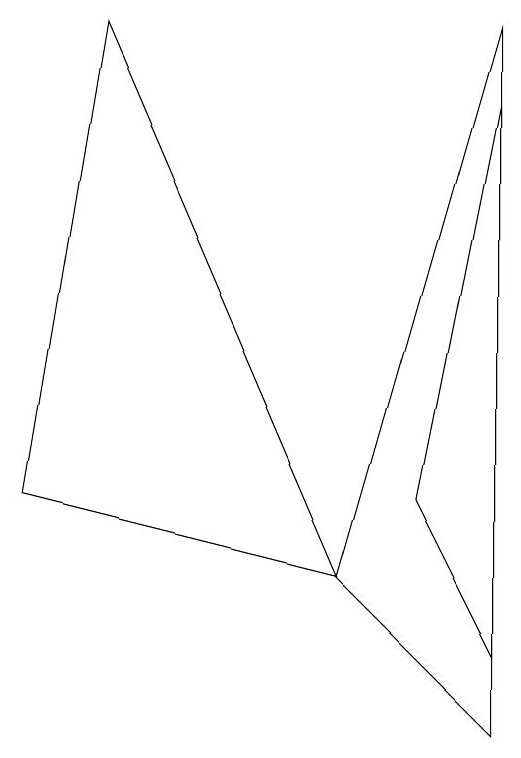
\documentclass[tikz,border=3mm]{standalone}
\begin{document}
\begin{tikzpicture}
\draw (5,2) -- (7,9) -- (7,0) -- cycle;
\draw (5,2) -- (2,9) -- (1,3) -- cycle;
\draw (7,1) -- (7,8) -- (6,3) -- cycle;
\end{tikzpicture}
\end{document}